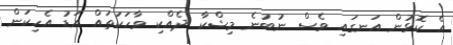
އެ ކޮޅުން އަނގައި ވެސް ނުބުނެ މިޝްކާ ދެއްކި ވާހަކަތައް އަޑު އެހިކަން